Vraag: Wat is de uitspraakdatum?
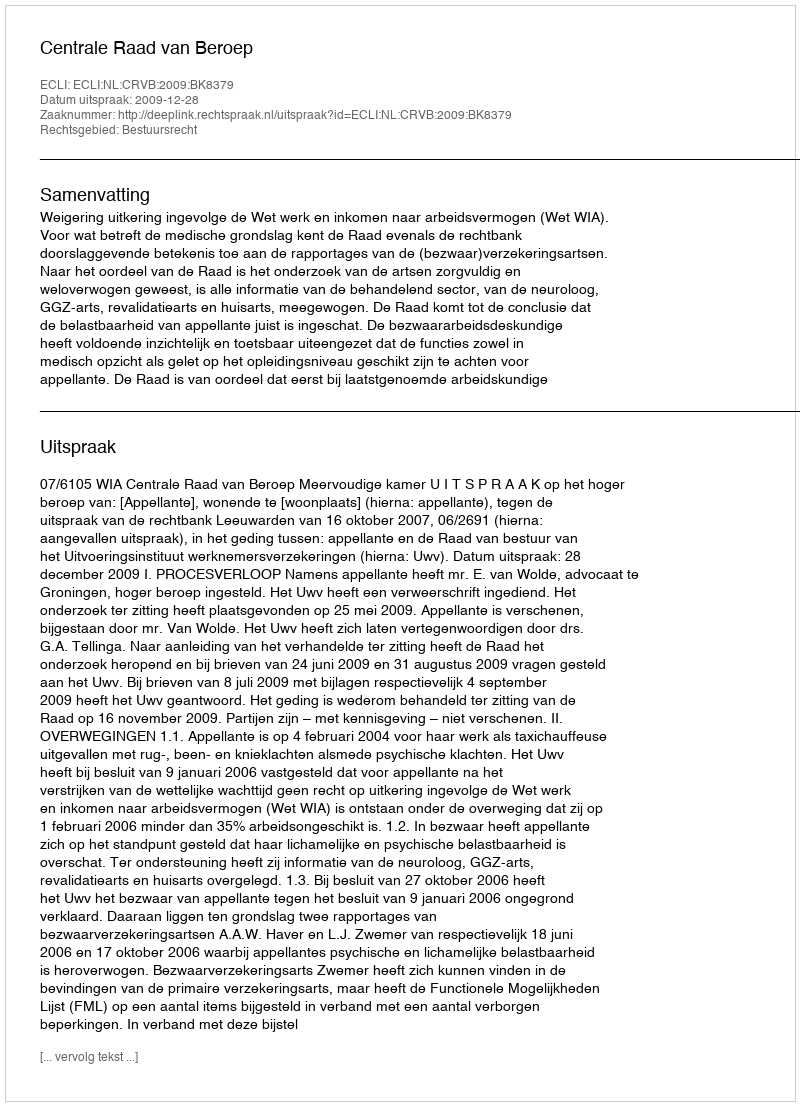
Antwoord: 2009-12-28